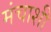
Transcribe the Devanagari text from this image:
मंचाशी